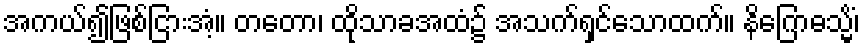
အကယ်၍ဖြစ်ငြားအံ့။ တတော၊ ထိုသာခအထံ၌ အသက်ရှင်သောထက်။ နိဂြောဓသ္မိံ၊